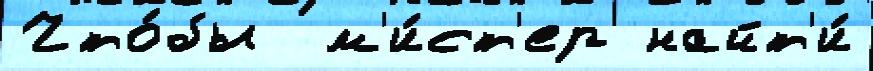
Что́бы  м'и́ст'ер найт'и́